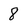
Character: 8